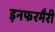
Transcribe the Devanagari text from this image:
इनफरमैरी